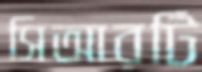
সিআরটি